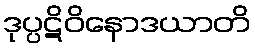
ဒုပ္ပဋိဝိနောဒယာတိ